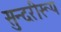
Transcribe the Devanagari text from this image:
सुन्दरीरूप